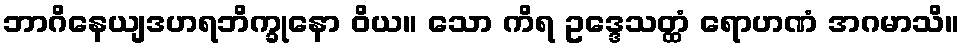
ဘာဂိနေယျဒဟရဘိက္ခုနော ဝိယ။ သော ကိရ ဥဒ္ဒေသတ္ထံ ရောဟဏံ အဂမာသိ။